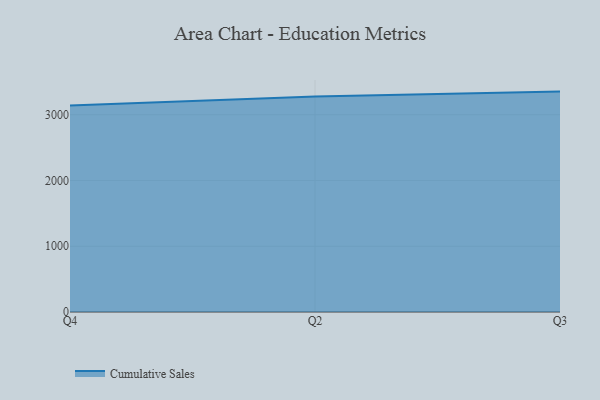
{"axis": {"x": "Quarter", "y": "Operating Costs (USD K)"}, "legend": ["Cumulative Sales"], "data": [{"x": "Q4", "y": 3142.4, "type": "Cumulative Sales"}, {"x": "Q2", "y": 3276.4, "type": "Cumulative Sales"}, {"x": "Q3", "y": 3352.0, "type": "Cumulative Sales"}]}